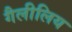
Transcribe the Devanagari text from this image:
गैलीलिय